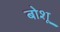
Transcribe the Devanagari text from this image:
बोशू